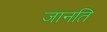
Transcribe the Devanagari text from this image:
जानति